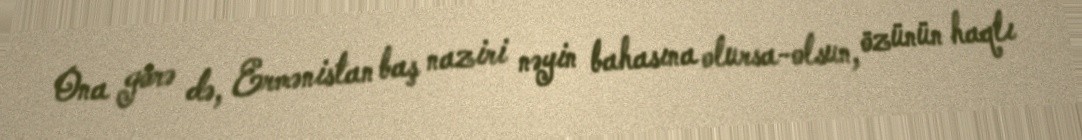
Ona görə də, Ermənistan baş naziri nəyin bahasına olursa-olsun, özünün haqlı